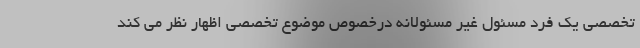
تخصصی یک فرد مسئول غیر مسئولانه درخصوص موضوع تخصصی اظهار نظر می کند